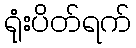
ရုံးပိတ်ရက်